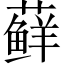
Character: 藓